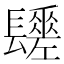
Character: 𨲻